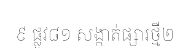
៩ ផ្លូវ៨១ សង្កាត់ផ្សារថ្មី២